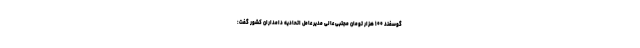
گوسفند ۱۰۰ هزار تومان مجتبی عالی مدیر عامل اتحادیه دامداران کشور گفت: